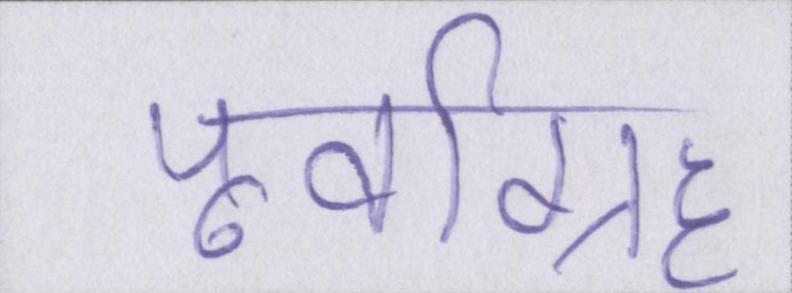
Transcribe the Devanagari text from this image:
पूर्वाग्रह